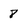
Character: 8